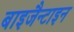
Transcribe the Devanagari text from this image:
बाइजैन्टाइन